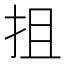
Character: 抯